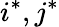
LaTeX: i^{*},j^{*}